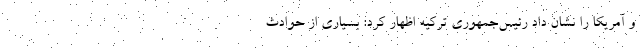
و آمریکا را نشان داد رئیس‌جمهوری ترکیه اظهار کرد: بسیاری از حوادث